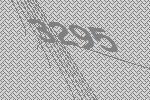
3295